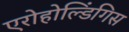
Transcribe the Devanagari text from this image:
एरोहोल्डिंगिस